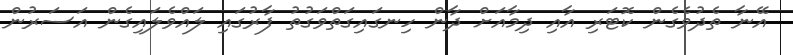
އޭނާ ތެދުވެގެން ކޮޓަރި އާއި ދިމާއަށް ދާން ހިނގައިގަތްވަގުތު ފާރުގައި ލައްވެލައިގެން އަސަރުން